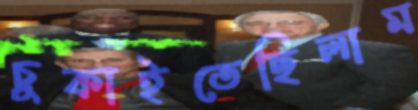
চুকাইতেছিলাম